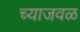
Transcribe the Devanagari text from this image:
च्याजवळ